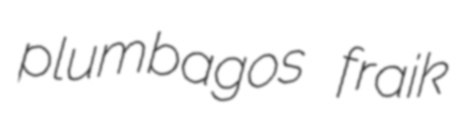
plumbagos fraik